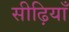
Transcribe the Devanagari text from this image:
सीढ़ियाँ